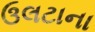
ઉલટાના